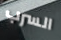
السرب